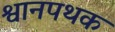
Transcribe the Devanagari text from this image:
श्वानपथक